Indian journal of veterinary science and animal husbandry - Volumes 22-23, 1952-1953
Year: 1952
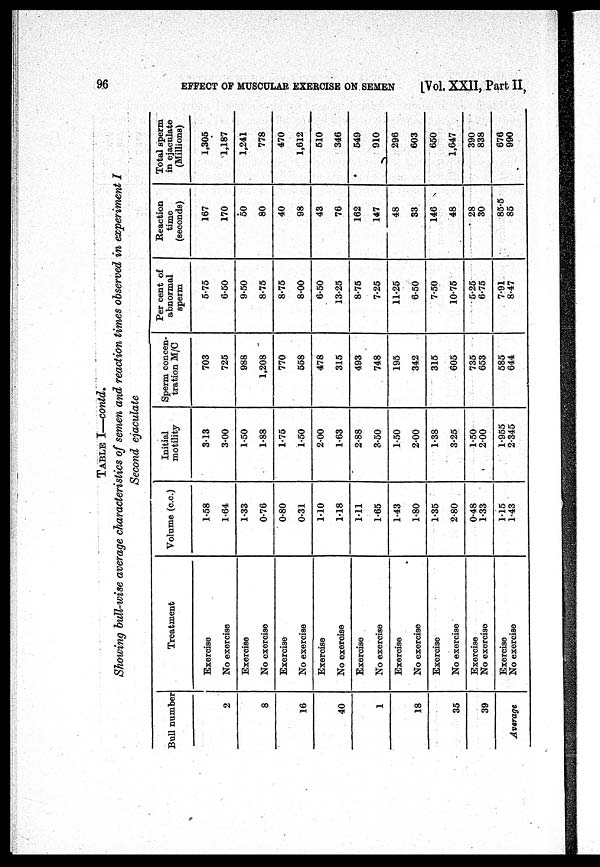
96 EFFECT OF M
TABLE I—contd.
Showing bull-wise average characteristics of semen and reaction times observed in experiment I
Second ejaculate
Bull number
2
8
16
40
1
18
35
39
Average
Treatment
Exercise
No exercise
Exercise
No exercise
Exercise
No exercise
Exercise
No exercise
Exercise
No exercise
Exercise
No exercise
Exercise
No exercise
Exercise
No exercise
Exercise
No exercise
Volume (c.c.)
1.58
1.64
1.33
0.76
0.80
0.31
1.10
1.18
1.11
1.65
1.43
1.80
1.35
2.80
0.48
1.33
1.15
1.43
Initial
motility
3.13
3.00
1.50
1.88
1.76
1.50
2.00
1.63
2.88
3.50
1.50
2.00
1.38
3.25
1.50
2.00
1.955
2.345
Sperm concen-
tration M/C
703
725
988
1,208
770
558
478
315
493
748
195
342
315
605
735
653
585
644
Per cent of
abnormal
sperm
5.75
6.50
9.50
8.75
8.75
8.00
6.50
13.25
8.75
7.25
11.25
6.50
7.50
10.75
5.25
6.75
7.91
8.47
Reaction
time
(seconds)
167
170
50
80
40
98
43
76
162
147
48
33
146
48
28
30
85.5
85
Total sperm
in ejaculate
(Millions)
1,305
1,187
1,241
778
470
1,612
510
346
549
910
296
603
650
1,647
390
838
676
990